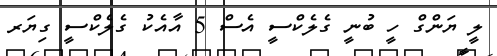
ލީ ޔަންގް ހީ ބުނީ ގެލެކްސީ އެސް 5 އާއެކު ގެލެކްސީ ގިޔަރ